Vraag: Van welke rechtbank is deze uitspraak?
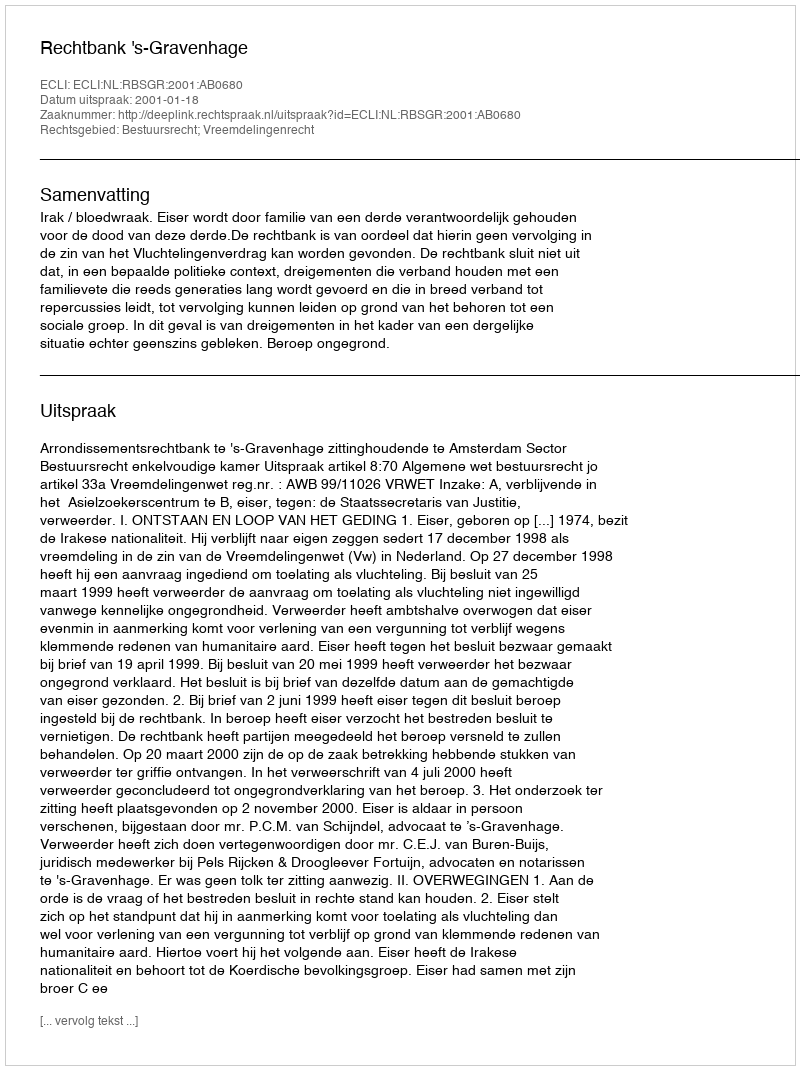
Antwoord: Rechtbank 's-Gravenhage